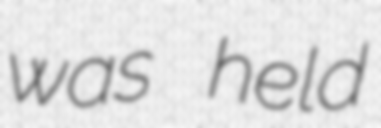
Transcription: was held